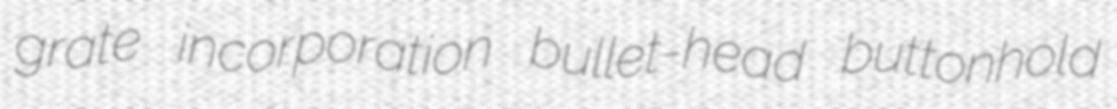
grate incorporation bullet-head buttonhold